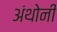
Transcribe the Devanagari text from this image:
अंथोनी